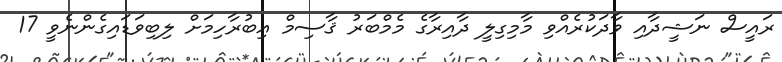
ރައީސް ނަޝީދާއި ވާދަކުރެއްވި މާމިގިލީ ދާއިރާގެ މެމްބަރު ޤާސިމް އިބުރާހިމަށް ލިބިވަޑައިގެންނެވީ 17